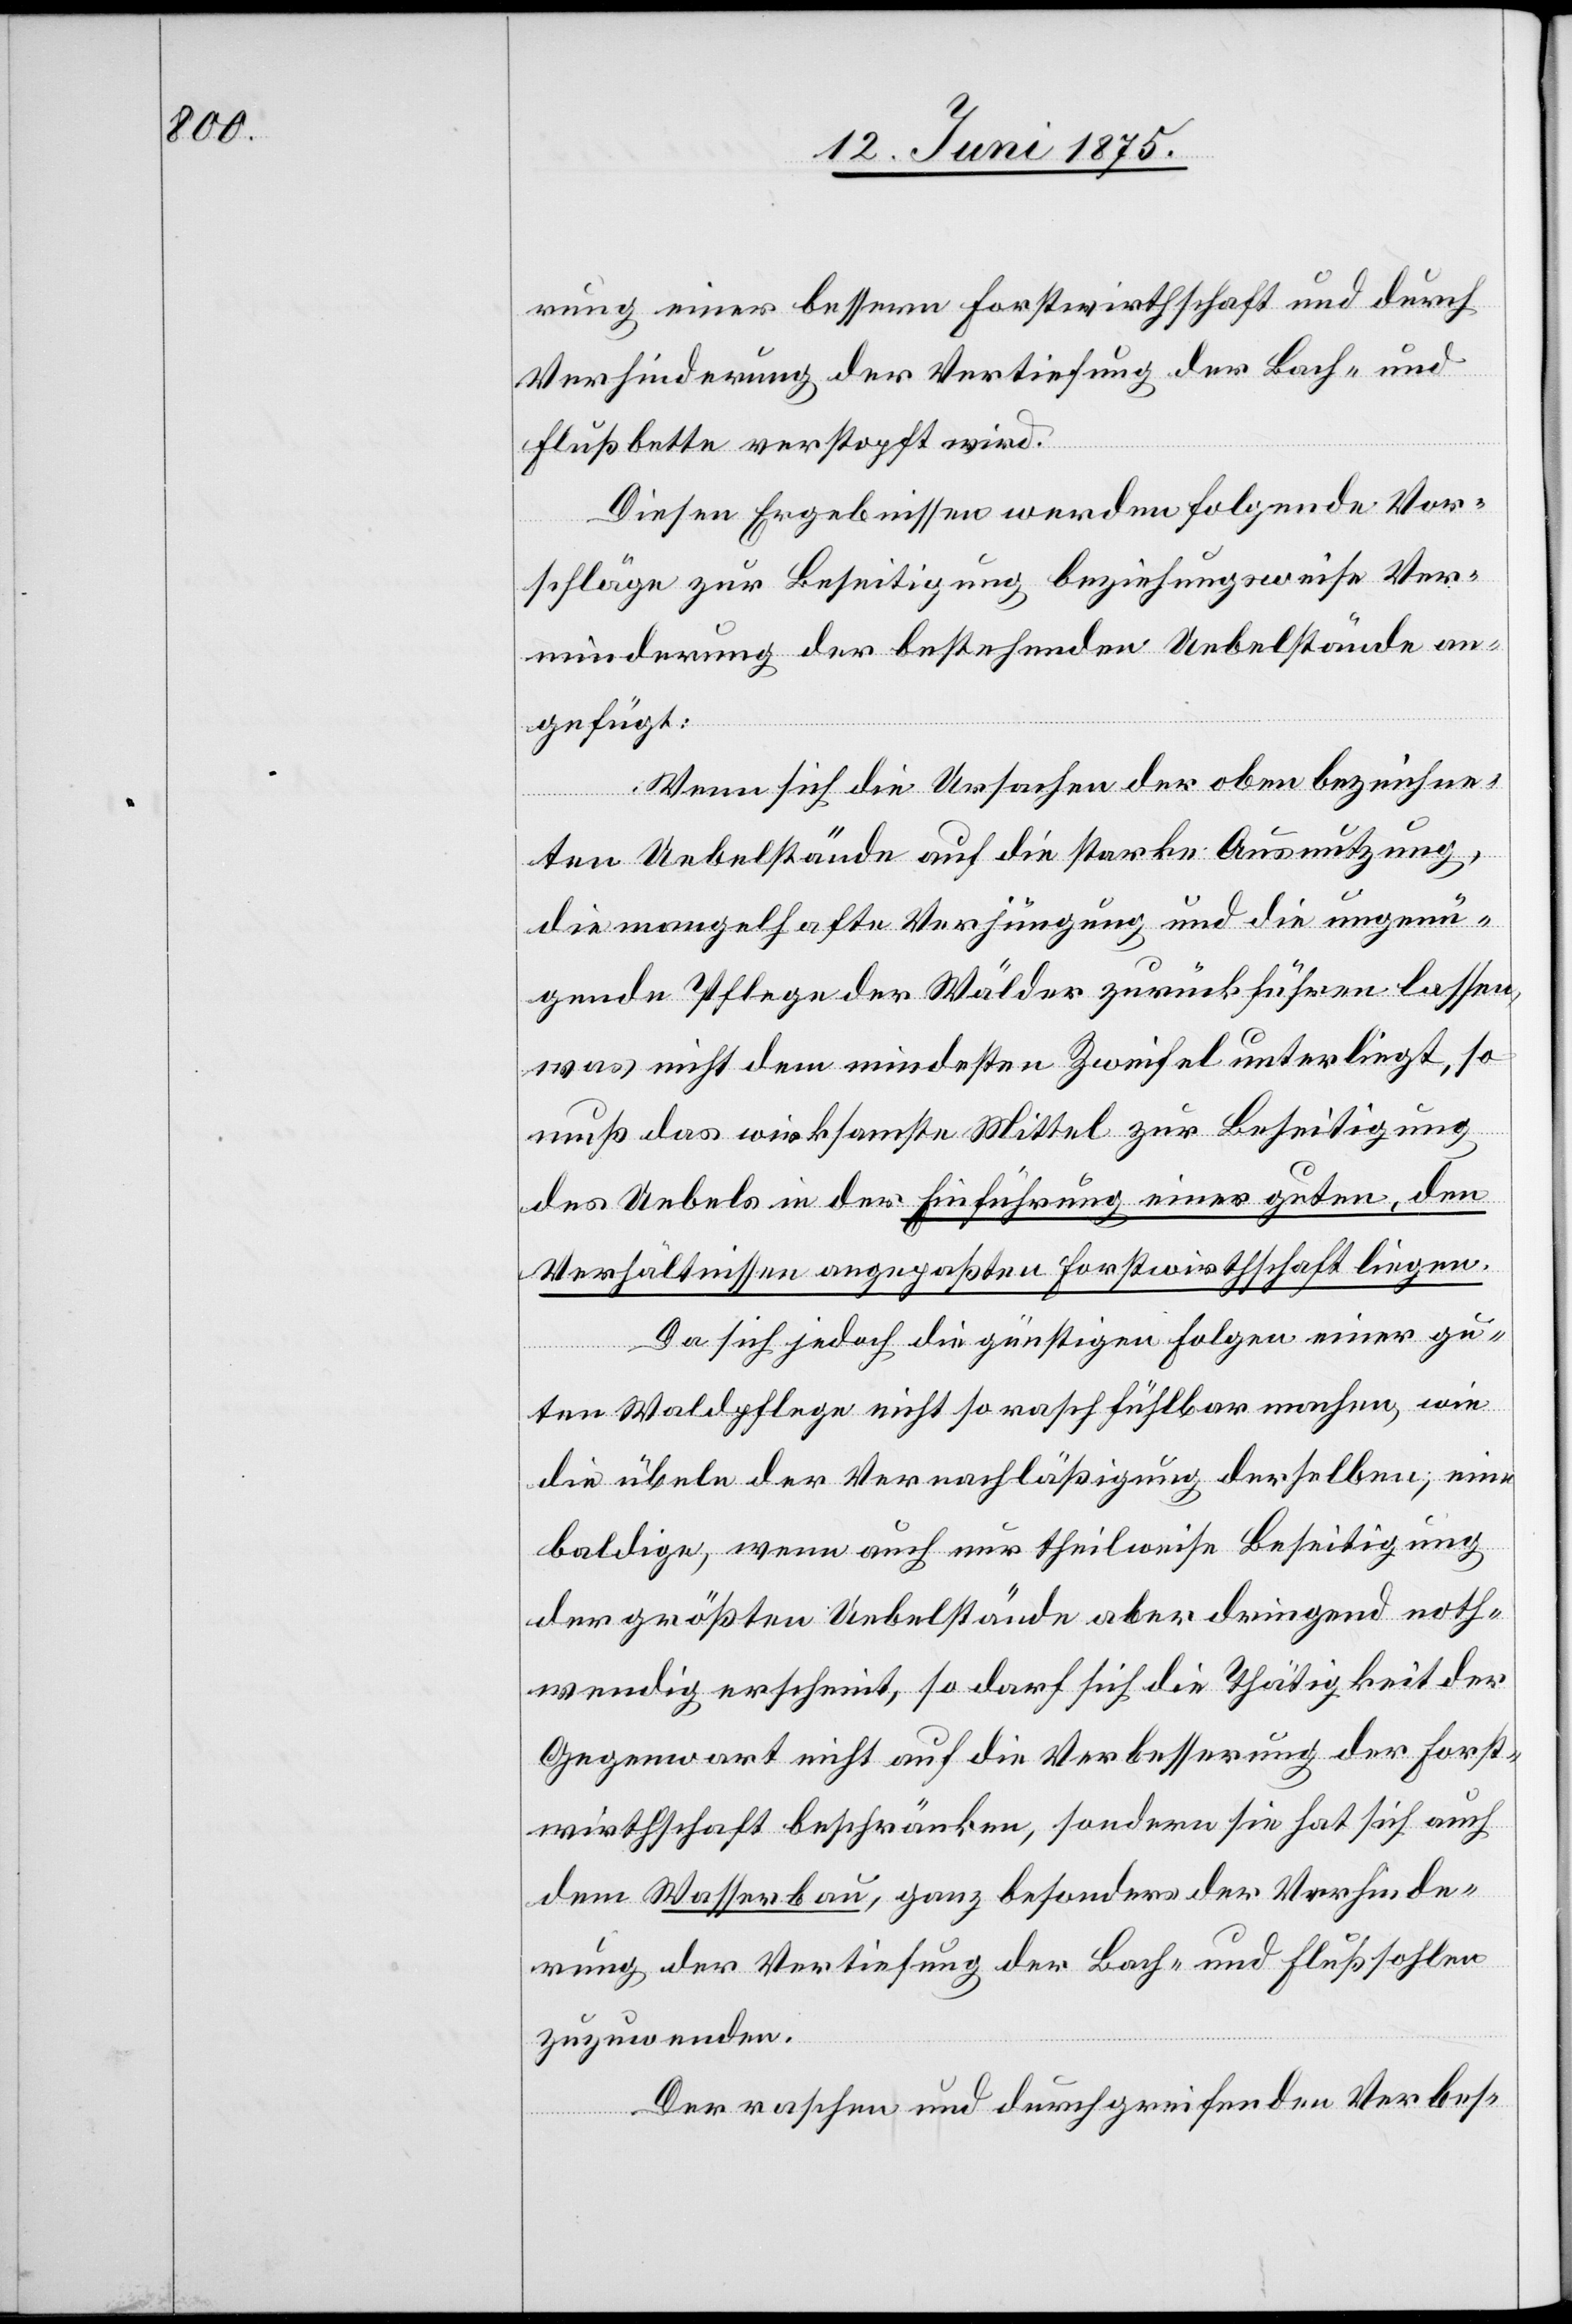
rung einer bessern Forstwirthschaft und durch
Verhinderung der Vertiefung der Bach- und
Flußbette verstopft wird.
Diesen Ergebnissen werden folgende Vor¬
schläge zur Beseitigung beziehungsweise Ver¬
minderung der bestehenden Uebelstände an¬
gefügt:
Wenn sich die Ursachen der oben bezeichne¬
ten Uebelstände auf die starke Ausnutzung,
die mangelhafte Verjüngung und die ungenü¬
gende Pflege der Wälder zurückführen lassen,
was nicht dem mindesten Zweifel unterliegt, so
muß das wirksamste Mittel zur Beseitigung
des Uebels in der Einführung einer guten, den
Verhältnissen angepaßten Forstwirthschaft liegen.
Da sich jedoch die günstigen Folgen einer gu¬
ten Waldpflege nicht so rasch fühlbar machen, wie
die übeln der Vernachläßigung derselben, eine
baldige, wenn auch nur theilweise Beseitigung
der größten Uebelstände aber dringen noth¬
wendig erscheint, so darf sich die Thätigkeit der
Gegenwart nicht auf die Verbesserung der Forst¬
wirthschaft beschränken, sondern sie hat sich auch
dem Wasserbau, ganz besonders der Verhinde¬
rung der Vertiefung der Bach- und Flußsohlen
zuzuwenden.
Der raschen und durchgreifenden Verbes-